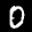
Label: 0